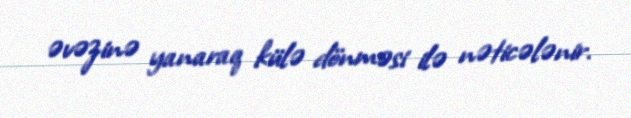
əvəzinə yanaraq külə dönməsi ilə nəticələnir.